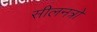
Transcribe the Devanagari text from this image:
सीलनत्रो